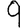
Digit: 9